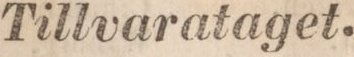
Tillvarataget.